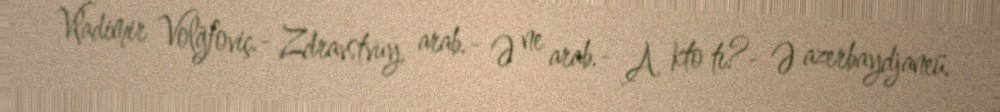
Vladimir Volğfoviç.- Zdravstvuy, arab.- Ə ne arab.- A kto tı?- Ə azerbaydjaneü.